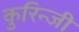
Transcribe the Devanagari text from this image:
कुरिन्‍जी